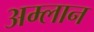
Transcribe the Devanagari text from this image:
अम्लान